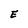
Character: E